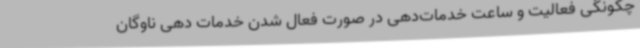
چگونگی فعالیت و ساعت خدمات‌دهی در صورت فعال شدن خدمات دهی ناوگان